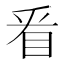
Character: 㸔